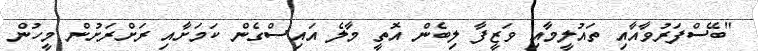
"ބޭސްފަރުވާއާއި ތައުލީމާއި ވަޒީފާ ލިބެން އޮތީ މާލެ އައިސްގެން ކަމަށާއި ރަށްރަށުން މީހުން